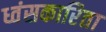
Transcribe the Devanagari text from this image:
ध्वंसकारिता